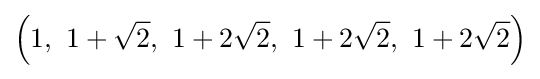
\left(1,\ 1+{\sqrt {2}},\ 1+2{\sqrt {2}},\ 1+2{\sqrt {2}},\ 1+2{\sqrt {2}}\right)